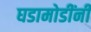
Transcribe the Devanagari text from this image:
घडामोडींनी